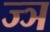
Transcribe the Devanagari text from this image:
ज्‍ञ